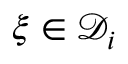
{ \boldsymbol { \xi } } \in \mathcal { D } _ { i }